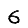
Digit: 6